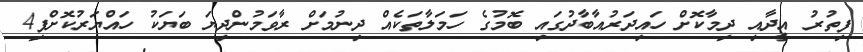
ފިތުރު އީދާއި ދިމާކޮށް ހައިދަރުއާބާދުގައި ބޮމުގެ ހަމަލާތަކެއް ދިނުމަށް ރާވަމުންދިޔަ ބަޔަކު ހައްޔަރުކޮށްފި4